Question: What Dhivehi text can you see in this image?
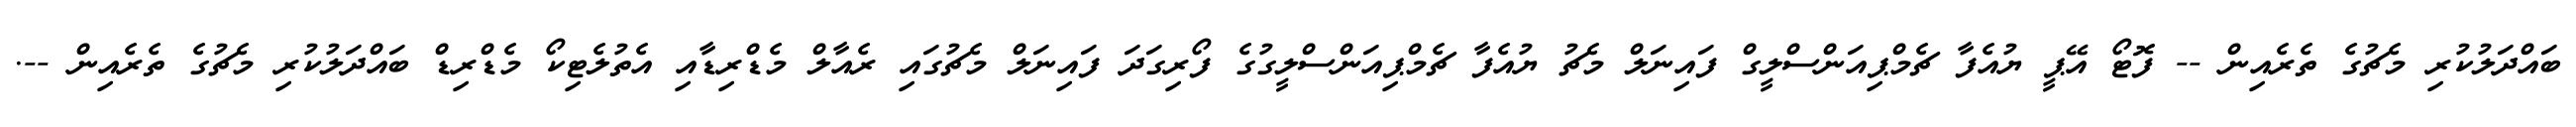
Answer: ބައްދަލުކުރި މެޗުގެ ތެރެއިން -- ފޮޓޯ އޭޕީ ޔުއެފާ ޗެމްޕިއަންސްލީގް ފައިނަލް މެޗު ޔުއެފާ ޗެމްޕިއަންސްލީގުގެ ފޯރިގަދަ ފައިނަލް މެޗުގައި ރެއާލް މެޑްރިޑާއި އެތުލެޓިކޯ މެޑްރިޑް ބައްދަލުކުރި މެޗުގެ ތެރެއިން --.